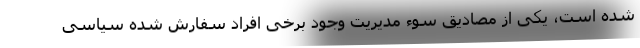
شده است، یکی از مصادیق سوء مدیریت وجود برخی افراد سفارش شده سیاسی